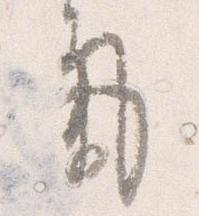
気